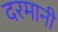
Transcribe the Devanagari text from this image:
दरमानी